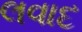
લવાદ